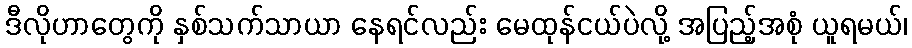
ဒီလိုဟာတွေကို နှစ်သက်သာယာ နေရင်လည်း မေထုန်ငယ်ပဲလို့ အပြည့်အစုံ ယူရမယ်၊